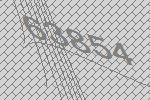
63854